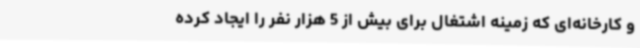
و کارخانه‌ای که زمینه اشتغال برای بیش از 5 هزار نفر را ایجاد کرده